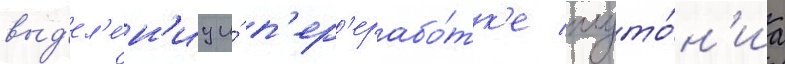
выд'ел'е́н'иу и́ п'ер'ерабо́тк'е плуто́н'иа